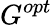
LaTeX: G^{opt}